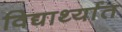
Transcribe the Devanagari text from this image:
विद्यार्थ्यात